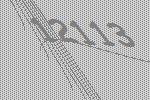
12113